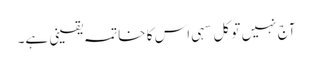
آج نہیں تو کل سہی اس کا خاتمہ یقینی ہے۔